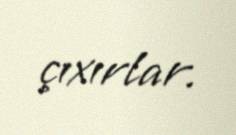
çıxırlar.